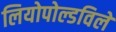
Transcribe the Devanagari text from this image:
लियोपोल्डविले